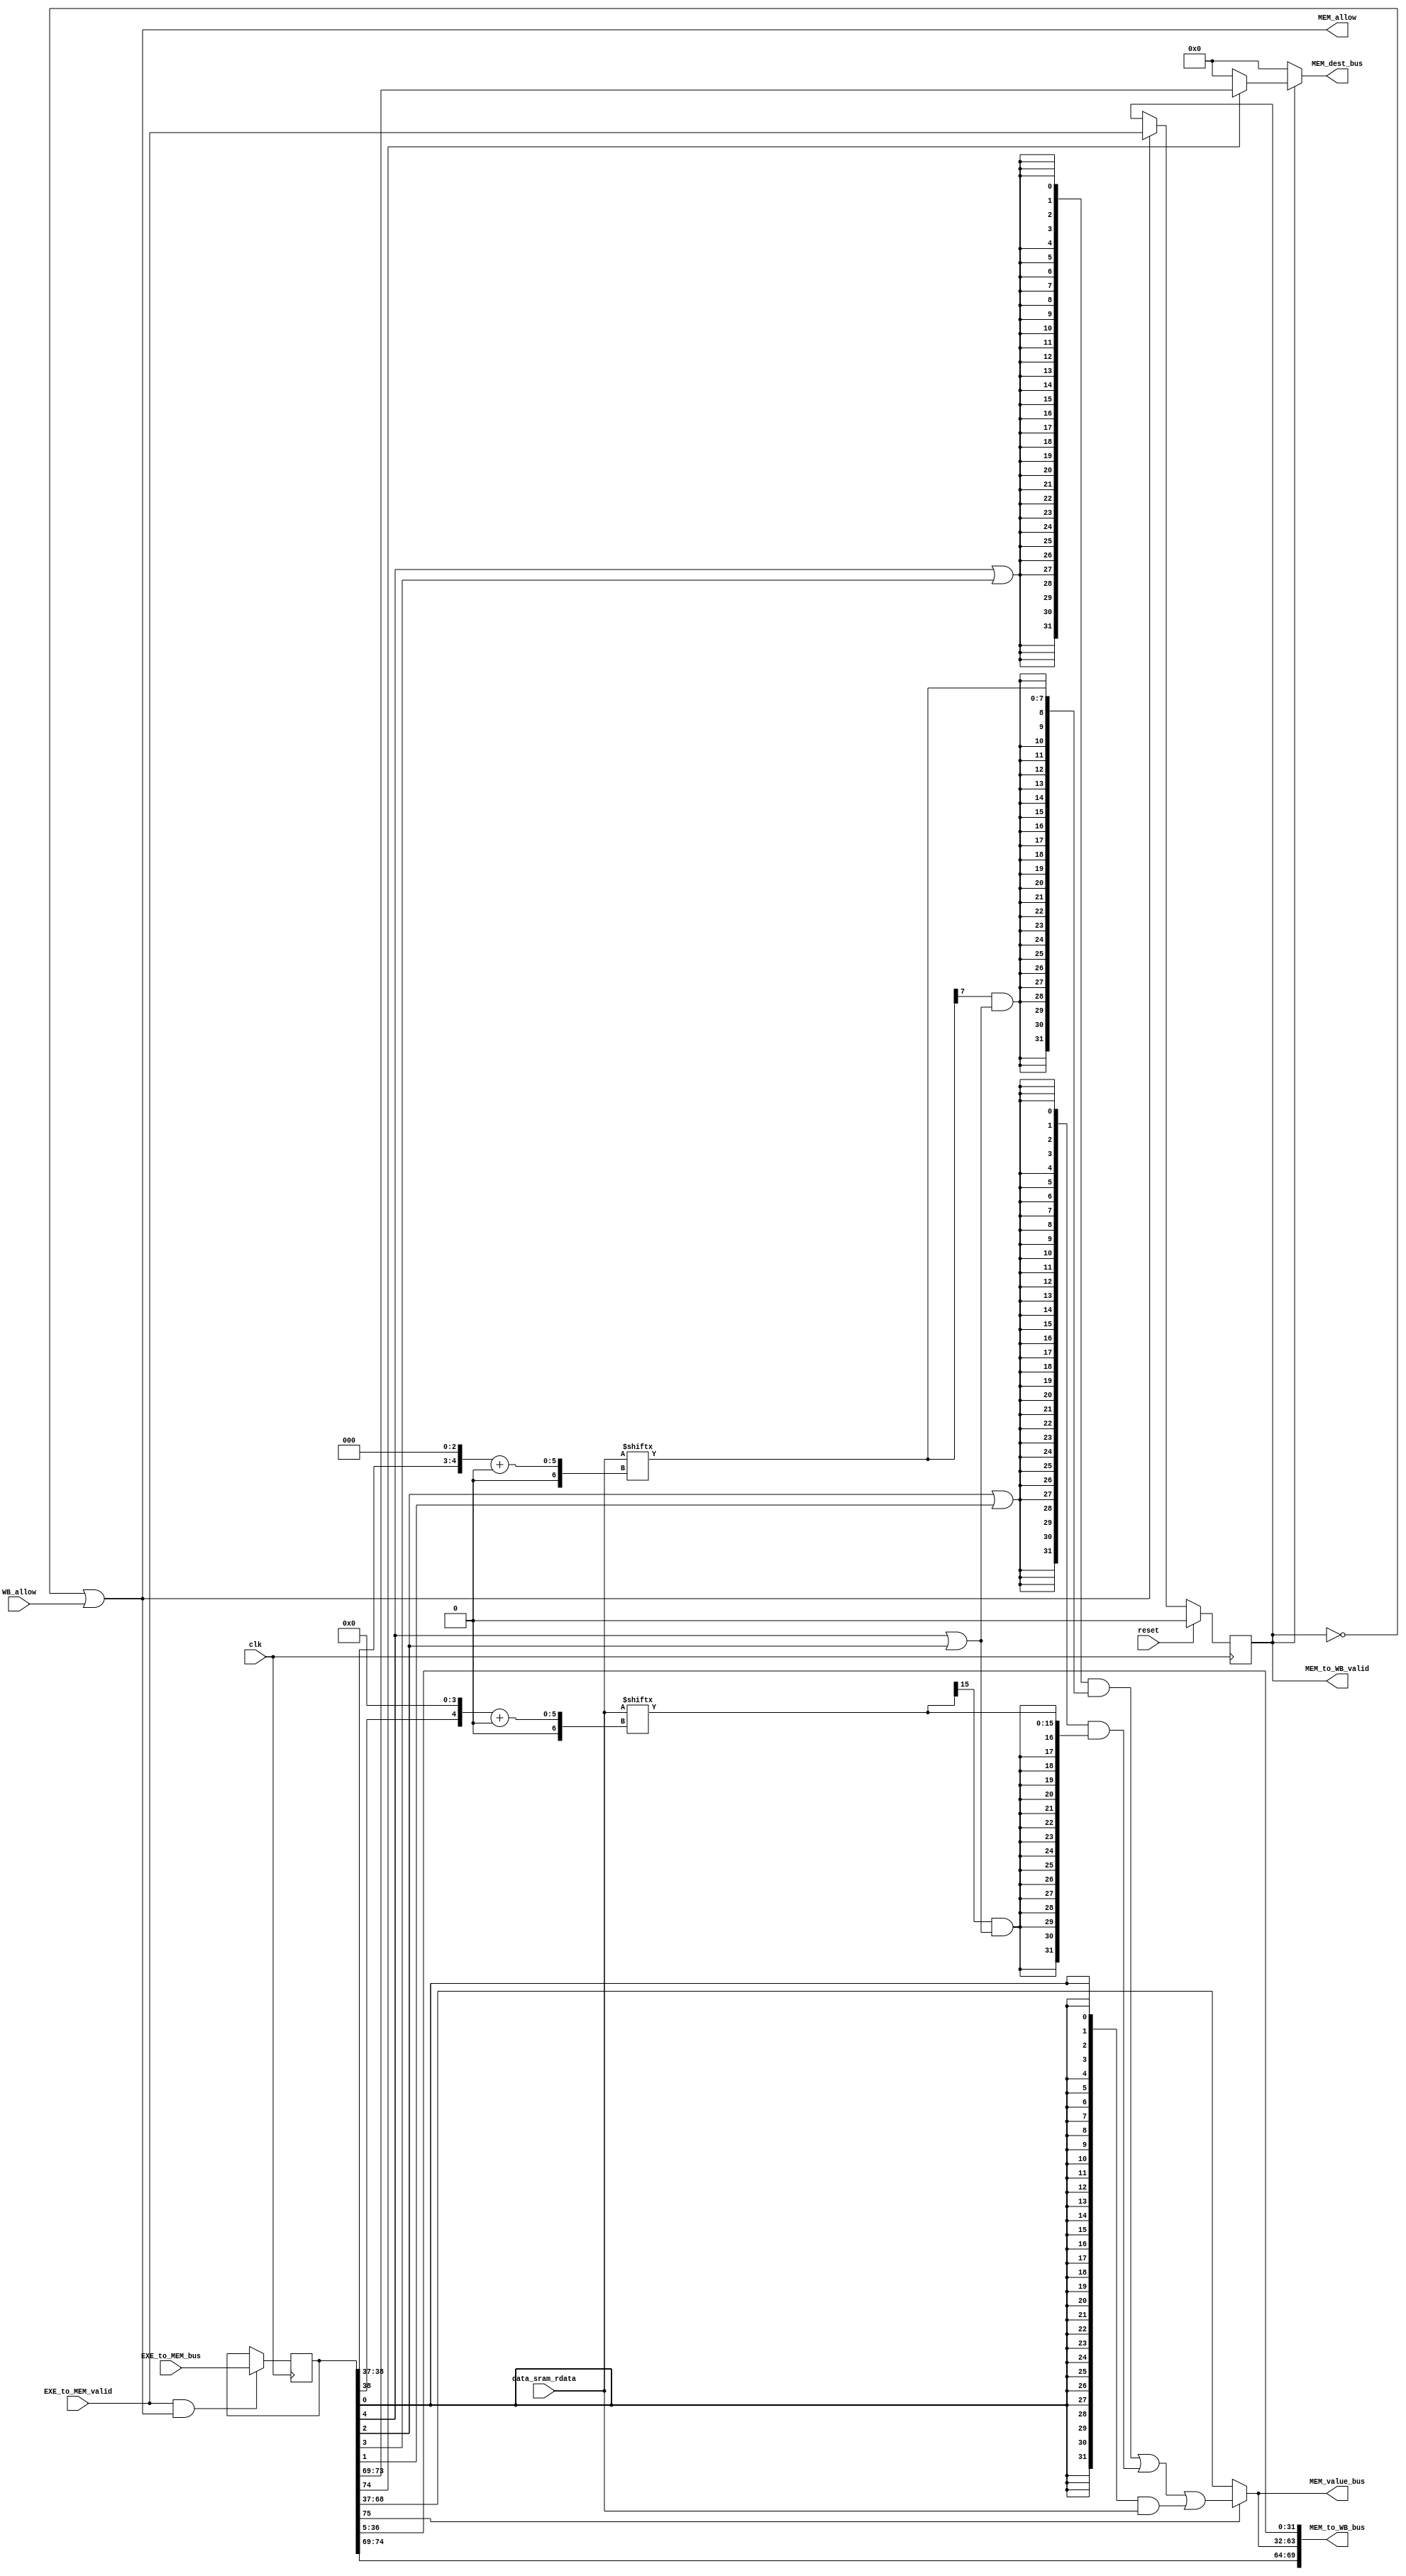
module MEM_stage(
    input wire clk,
    input wire reset,
    input wire WB_allow,
    input wire EXE_to_MEM_valid,
    input wire [75:0] EXE_to_MEM_bus,
    input wire [31:0] data_sram_rdata,
    
    output wire MEM_allow,
    output wire MEM_to_WB_valid,
    output wire [69:0] MEM_to_WB_bus,
    
    output wire [4:0] MEM_dest_bus,
    output wire [31:0] MEM_value_bus
);
    reg [75:0] EXE_to_MEM_bus_r;
    reg MEM_valid;
    wire MEM_go;
    assign MEM_go = 1'd1;
    assign MEM_allow = ~MEM_valid || MEM_go && WB_allow;
    assign MEM_to_WB_valid = MEM_valid && MEM_go;
    always @(posedge clk) begin
        if(reset) begin
            MEM_valid <= 1'd0;
        end else if(MEM_allow) begin
            MEM_valid <= EXE_to_MEM_valid;
        end
        
        if(EXE_to_MEM_valid && MEM_allow) begin
            EXE_to_MEM_bus_r <= EXE_to_MEM_bus;
        end
    end
    wire [31:0] MEM_final_result;
    wire [31:0] mem_result;
    wire MEM_res_from_mem;
    wire MEM_gr_we;
    wire [4:0] MEM_dest;
    wire [31:0] MEM_alu_result;
    wire [31:0] MEM_pc;
    wire MEM_ld_b;
    wire MEM_ld_bu;
    wire MEM_ld_h;
    wire MEM_ld_hu;
    wire MEM_ld_w;
    assign {MEM_res_from_mem, //1
            MEM_gr_we,        //1
            MEM_dest,         //5
            MEM_alu_result,   //32
            MEM_pc,            //32
            MEM_ld_b,
            MEM_ld_bu,
            MEM_ld_h,
            MEM_ld_hu,
            MEM_ld_w
            } = EXE_to_MEM_bus_r;
    
    assign MEM_dest_bus = MEM_valid ? (MEM_gr_we ? MEM_dest : 5'd0) : 5'd0;
    assign MEM_value_bus = MEM_final_result;
    
    assign MEM_to_WB_bus = {MEM_gr_we,
                            MEM_dest,
                            MEM_final_result,
                            MEM_pc
                            };
    
    wire [31:0] load_res;
    wire [7:0] load_data_b;
    wire [15:0] load_data_h;
    wire load_signed;
    assign load_signed = MEM_ld_b | MEM_ld_h;
    assign mem_result = data_sram_rdata;
    assign load_data_b = mem_result[{MEM_alu_result[1:0],3'b0}+:8];
    assign load_data_h = mem_result[{MEM_alu_result[1],4'b0}+:16];
    assign load_res = {32{MEM_ld_b | MEM_ld_bu}} & {{24{load_data_b[7] & load_signed}},load_data_b} |
                       {32{MEM_ld_h | MEM_ld_hu}} & {{16{load_data_h[15] & load_signed}},load_data_h}|
                       {32{MEM_ld_w}} & mem_result;
    assign MEM_final_result = MEM_res_from_mem ? load_res : MEM_alu_result;
endmodule